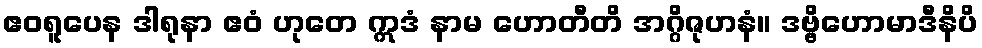
ဧဝရူပေန ဒါရုနာ ဧဝံ ဟုတေ ဣဒံ နာမ ဟောတီတိ အဂ္ဂိဇုဟနံ။ ဒဗ္ဗိဟောမာဒီနိပိ